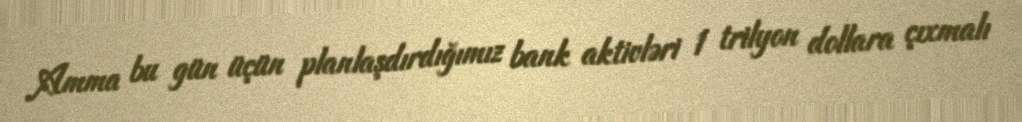
Amma bu gün üçün planlaşdırdığımız bank aktivləri 1 trilyon dollara çıxmalı